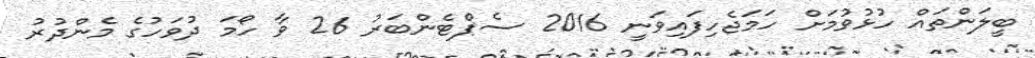
ބީލަންތައް ހުޅުވުމަށް ހަމަޖެހިފައިވަނީ 2016 ސެޕްޓެންބަރު 26 ވާ ހޯމަ ދުވަހުގެ މެންދުރު